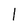
Character: l